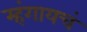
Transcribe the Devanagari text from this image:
म्हंगायचं